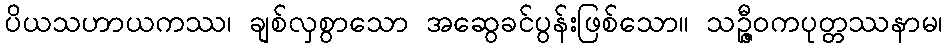
ပိယသဟာယကဿ၊ ချစ်လှစွာသော အဆွေခင်ပွန်းဖြစ်သော။ သဉ္ဇီဝကပုတ္တဿနာမ၊